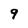
Character: 9